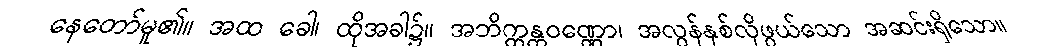
နေတော်မူ၏။ အထ ခေါ၊ ထိုအခါ၌။ အဘိက္ကန္တဝဏ္ဏော၊ အလွန်နှစ်လိုဖွယ်သော အဆင်းရှိသော။